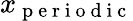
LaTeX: x_{\mathrm{~p~e~r~i~o~d~i~c~}}